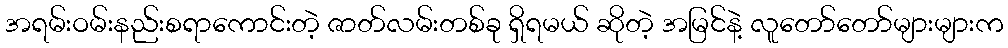
အရမ်းဝမ်းနည်းစရာကောင်းတဲ့ ဇာတ်လမ်းတစ်ခု ရှိရမယ် ဆိုတဲ့ အမြင်နဲ့ လူတော်တော်များများက